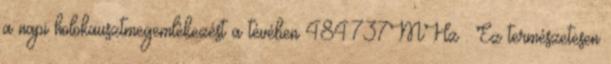
a napi holokausztmegemlékezést a tévében 484.737MHz . Ez természetesen